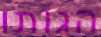
הגותו